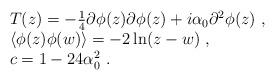
LaTeX: \begin{align*}\begin{array}{rcl}& & T(z) = -\frac{1}{4} \partial \phi(z) \partial \phi(z) + i \alpha_0 \partial^2 \phi(z)~,\\& &\langle\phi(z) \phi(w)\rangle= -2\ln (z - w)~,\\& &c = 1 - 24\alpha^2_0~.\end{array}\end{align*}